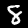
Label: 8